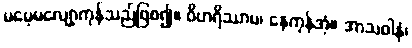
မမေ့မလျော့ကုန်သည်ဖြစ၍။ ဝိဟရိဿာမ၊ နေကုန်အံ့။ အာသဝါနံ၊